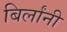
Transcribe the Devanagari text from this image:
बिर्लांनी